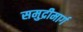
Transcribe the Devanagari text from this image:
समुद्रीमार्ग